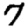
Digit: 7